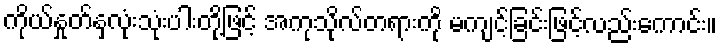
ကိုယ်နှုတ်နှလုံးသုံးပါးတို့ဖြင့် အကုသိုလ်တရားကို မကျင့်ခြင်းဖြင့်လည်းကောင်း။